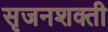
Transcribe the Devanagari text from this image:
सृजनशक्ती